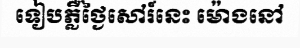
ទៀបភ្លឺថ្ងៃសៅរ៍នេះ ម៉ោងនៅ